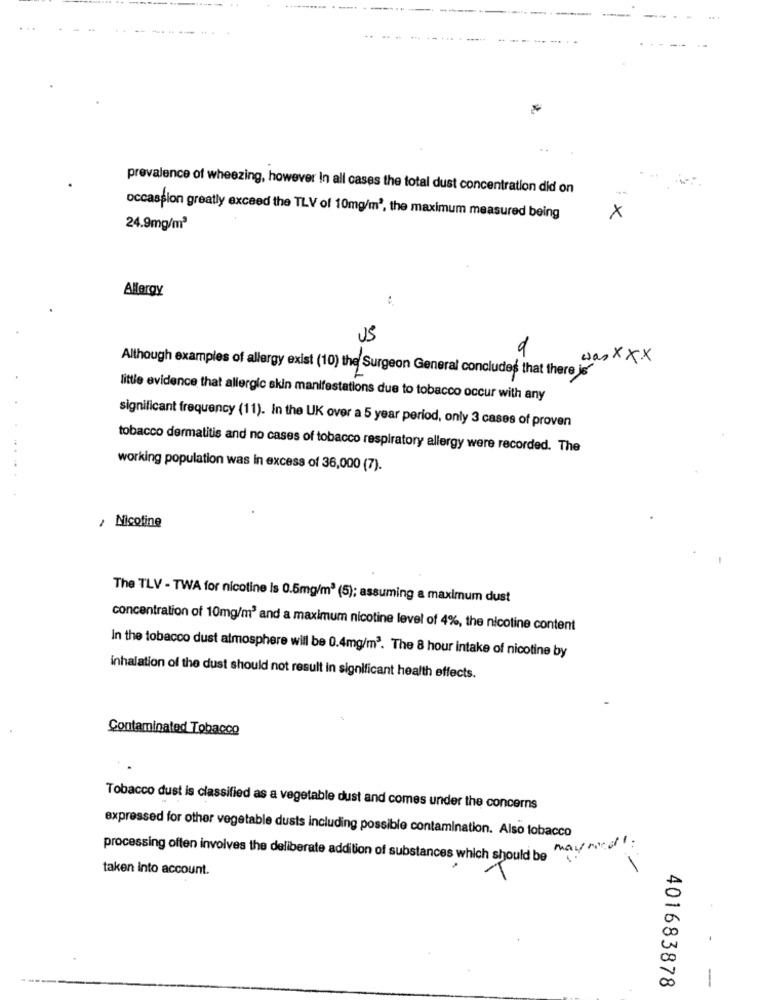
prevalence of wheezing, however In all cases the total dust concentration did on
occassion greatly exceed the TLV of 10mg/m', the maximum measured being
X
24.9mg/m3
Allergy
US
was xxx
Although examples of allergy exist (10) the Surgeon General concludes that there is
little evidence that allergic skin manifestations due to tobacco occur with any
significant frequency (11). In the UK over a 5 year period, only 3 cases of proven
tobacco dermatitis and no cases of tobacco respiratory allergy were recorded. The
working population was in excess of 36,000 (7).
¿ Nicotine
The TLV - TWA for nicotine Is 0.5mg/m3 (5); assuming a maximum dust
concentration of 10mg/m3 and a maximum nicotine level of 4%, the nicotine content
In the tobacco dust atmosphere will be 0.4mg/m3. The 8 hour intake of nicotine by
inhalation of the dust should not result in significant health effects.
Contaminated Tobacco
Tobacco dust is classified as a vegetable dust and comes under the concerns
expressed for other vegetable dusts including possible contamination. Also tobacco
processing often involves the deliberate addition of substances which should be Manco
taken into account.
401683878
---